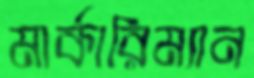
মার্কারিম্যান